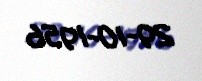
29-10-1956